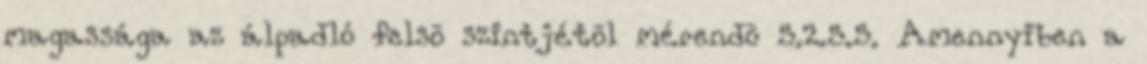
magassága az álpadló felsõ szintjétõl mérendõ 5.2.5.5. Amennyiben a